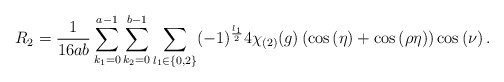
\begin{align*}R_2 = \frac{1}{16ab} \sum_{k_1 = 0}^{a-1} \sum_{k_2 = 0}^{b-1} \sum_{l_1 \in \lbrace 0,2 \rbrace } (-1)^{\frac{l_1}{2}} 4 \chi_{(2)}(g) \left( \cos \left(\eta \right) + \cos \left(\rho \eta \right) \right) \cos \left(\nu \right).\end{align*}